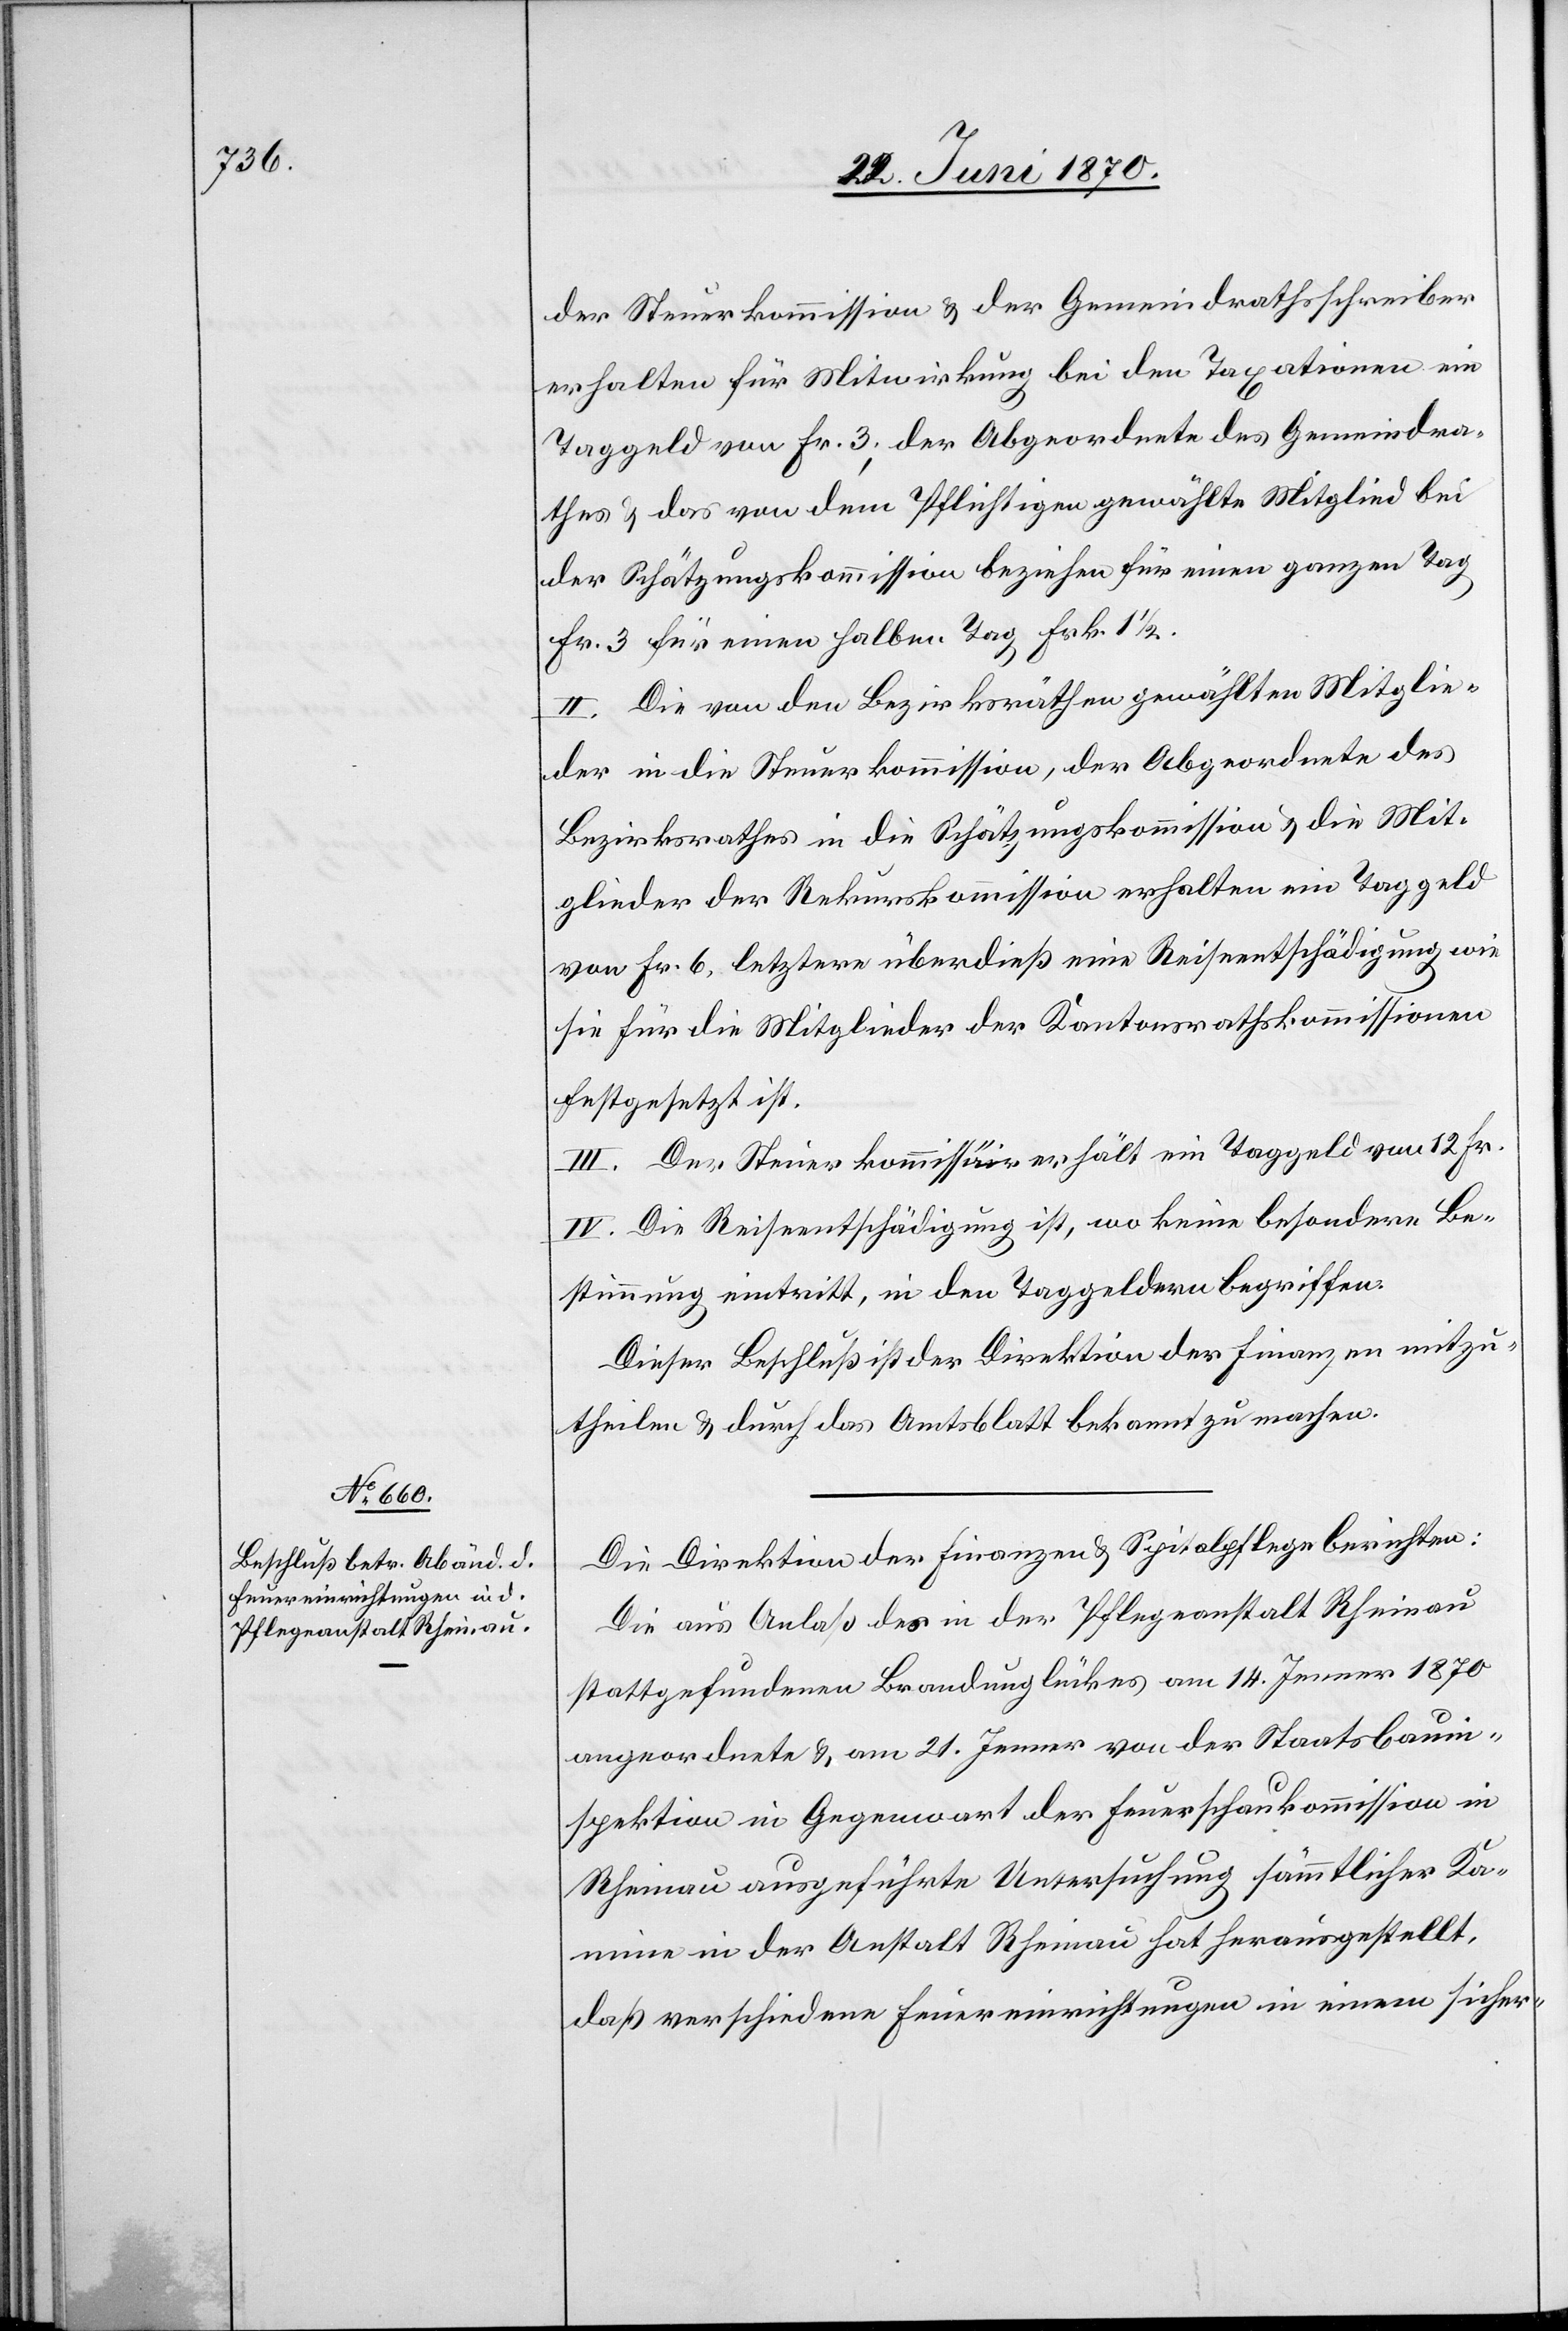
der Steuerkommission & der Gemeindrathsschreiber
erhalten für Mitwirkung bei den Taxationen ein
Taggeld von Fr. 3; der Abgeordnete des Gemeindra¬
thes & das von dem Pflichtigen gewählte Mitglied bei
der Schätzungskommission beziehen für einen ganzen Tag
Fr. 3[,] für einen halben Tag Frk. 1 1/2.
II. Die von den Bezirksräthen gewählten Mitglie¬
der in die Steuerkommission, der Abgeordnete des
Bezirksrathes in die Schätzungskommission & die Mit¬
glieder der Rekurskommission erhalten ein Taggeld
von Fr. 6, letztere überdieß eine Reiseentschädigung wie
sie für die Mitglieder der Kantonsrathskommissionen
festgesetzt ist.
III. Der Steuerkommissär erhält ein Taggeld von 12 Fr.
IV. Die Reiseentschädigung ist, wo keine besondere Be¬
stimmung eintritt, in den Taggeldern begriffen.
Dieser Beschluß ist der Direktion der Finanzen mitzu¬
theilen & durch das Amtsblatt bekannt zu machen.
Die Direktion der Finanzen & Spitalpflege berichten:
Die aus Anlaß des in der Pflegeanstalt Rheinau
stattgefundenen Brandunglückes am 14. Jenner 1870
angeordnete & am 21. Jenner von der Staatsbauin¬
spektion in Gegenwart der Feuerschaukommission in
Rheinau ausgeführte Untersuchung sämmtlicher Ka¬
mine in der Anstalt Rheinau hat herausgestellt,
daß verschiedene Feuereinrichtungen in einem sicher-